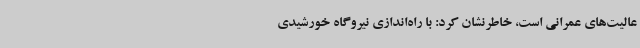
عالیت‌های عمرانی است، خاطرنشان کرد: با راه‌اندازی نیروگاه خورشیدی